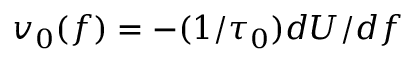
v _ { 0 } ( f ) = - ( 1 / \tau _ { 0 } ) d U / d f